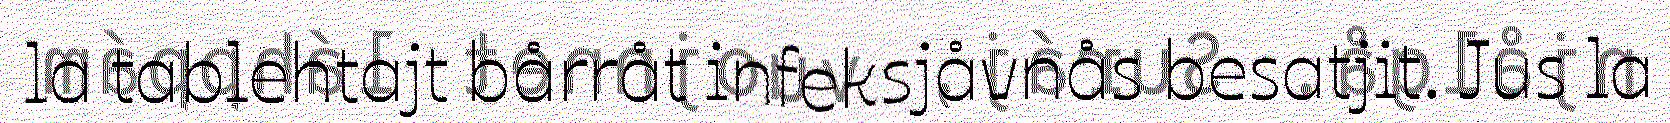
la tablehtajt bårråt infeksjåvnås besatjit. Jus la